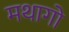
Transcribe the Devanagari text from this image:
मथागो